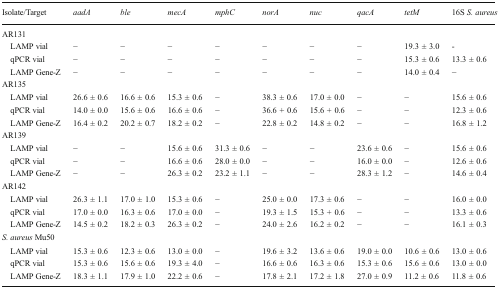
<table><thead><tr><td><b>Isolate/Target</b></td><td><b><i>aadA</i></b></td><td><b><i>ble</i></b></td><td><b><i>mecA</i></b></td><td><b><i>mphC</i></b></td><td><b><i>norA</i></b></td><td><b><i>nuc</i></b></td><td><b><i>qacA</i></b></td><td><b><i>tetM</i></b></td><td><b>16S <i>S. aureus</i></b></td></tr></thead><tbody><tr><td colspan="10">AR131</td></tr><tr><td> LAMP vial</td><td>−</td><td>−</td><td>−</td><td>−</td><td>−</td><td>−</td><td>−</td><td>19.3 ± 3.0</td><td>-</td></tr><tr><td> qPCR vial</td><td>−</td><td>−</td><td>−</td><td>−</td><td>−</td><td>−</td><td>−</td><td>15.3 ± 0.6</td><td>13.3 ± 0.6</td></tr><tr><td> LAMP Gene-Z</td><td>−</td><td>−</td><td>−</td><td>−</td><td>−</td><td>−</td><td>−</td><td>14.0 ± 0.4</td><td>−</td></tr><tr><td colspan="10">AR135</td></tr><tr><td> LAMP vial</td><td>26.6 ± 0.6</td><td>16.6 ± 0.6</td><td>15.3 ± 0.6</td><td>−</td><td>38.3 ± 0.6</td><td>17.0 ± 0.0</td><td>−</td><td>−</td><td>15.6 ± 0.6</td></tr><tr><td> qPCR vial</td><td>14.0 ± 0.0</td><td>15.6 ± 0.6</td><td>16.6 ± 0.6</td><td>−</td><td>36.6 + 0.6</td><td>15.6 + 0.6</td><td>−</td><td>−</td><td>12.3 ± 0.6</td></tr><tr><td> LAMP Gene-Z</td><td>16.4 ± 0.2</td><td>20.2 ± 0.7</td><td>18.2 ± 0.2</td><td>−</td><td>22.8 ± 0.2</td><td>14.8 ± 0.2</td><td>−</td><td>−</td><td>16.8 ± 1.2</td></tr><tr><td colspan="10">AR139</td></tr><tr><td> LAMP vial</td><td>−</td><td>−</td><td>15.6 ± 0.6</td><td>31.3 ± 0.6</td><td>−</td><td>−</td><td>23.6 ± 0.6</td><td>−</td><td>15.6 ± 0.6</td></tr><tr><td> qPCR vial</td><td>−</td><td>−</td><td>16.6 ± 0.6</td><td>28.0 ± 0.0</td><td>−</td><td>−</td><td>16.0 ± 0.0</td><td>−</td><td>12.6 ± 0.6</td></tr><tr><td> LAMP Gene-Z</td><td>−</td><td>−</td><td>26.3 ± 0.2</td><td>23.2 ± 1.1</td><td>−</td><td>−</td><td>28.3 ± 1.2</td><td>−</td><td>14.6 ± 0.4</td></tr><tr><td colspan="10">AR142</td></tr><tr><td> LAMP vial</td><td>26.3 ± 1.1</td><td>17.0 ± 1.0</td><td>15.3 ± 0.6</td><td>−</td><td>25.0 ± 0.0</td><td>17.3 ± 0.6</td><td>−</td><td>−</td><td>16.0 ± 0.0</td></tr><tr><td> qPCR vial</td><td>17.0 ± 0.0</td><td>16.3 ± 0.6</td><td>17.0 ± 0.0</td><td>−</td><td>19.3 ± 1.5</td><td>15.3 + 0.6</td><td>−</td><td>−</td><td>13.3 ± 0.6</td></tr><tr><td> LAMP Gene-Z</td><td>14.5 ± 0.2</td><td>18.2 ± 0.3</td><td>26.3 ± 0.2</td><td>−</td><td>24.0 ± 2.6</td><td>16.2 ± 0.2</td><td>−</td><td>−</td><td>16.1 ± 0.3</td></tr><tr><td colspan="10"><i>S. aureus</i> Mu50</td></tr><tr><td> LAMP vial</td><td>15.3 ± 0.6</td><td>12.3 ± 0.6</td><td>13.0 ± 0.0</td><td>−</td><td>19.6 ± 3.2</td><td>13.6 ± 0.6</td><td>19.0 ± 0.0</td><td>10.6 ± 0.6</td><td>13.0 ± 0.6</td></tr><tr><td> qPCR vial</td><td>15.3 ± 0.6</td><td>15.6 ± 0.6</td><td>19.3 ± 4.0</td><td>−</td><td>16.6 ± 0.6</td><td>16.3 ± 0.6</td><td>15.3 ± 0.6</td><td>15.6 ± 0.6</td><td>13.0 ± 0.0</td></tr><tr><td> LAMP Gene-Z</td><td>18.3 ± 1.1</td><td>17.9 ± 1.0</td><td>22.2 ± 0.6</td><td>−</td><td>17.8 ± 2.1</td><td>17.2 ± 1.8</td><td>27.0 ± 0.9</td><td>11.2 ± 0.6</td><td>11.8 ± 0.6</td></tr></tbody></table>